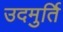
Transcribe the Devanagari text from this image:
उदमुर्ति